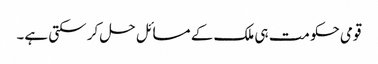
قومی حکومت ہی ملک کے مسائل حل کر سکتی ہے۔